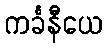
ကင်္ခနီယေ